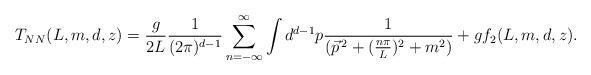
\begin{align*}T_{NN}(L,m,d,z)=\frac{g}{2L}\frac{1}{(2\pi)^{d-1}}\sum_{n=-\infty}^{\infty}\int d^{d-1}p\frac{1}{(\vec{p}^{\,2}+(\frac{n\pi}{L})^{2}+m^{2})}+gf_{2}(L,m,d,z).\end{align*}